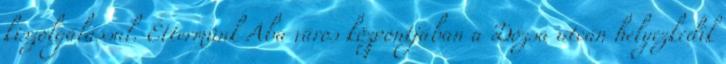
kiszolgálással. Éttermünk Aba város központjában a Dózsa utcán helyezkedik